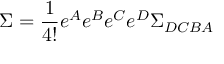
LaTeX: \Sigma = \frac { 1 } { 4 ! } e ^ { A } e ^ { B } e ^ { C } e ^ { D } \Sigma _ { D C B A }